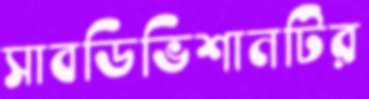
সাবডিভিশানটির